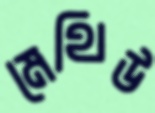
মেথিউ